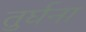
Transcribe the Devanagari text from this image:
तुर्घना